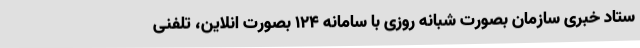
ستاد خبری سازمان بصورت شبانه روزی با سامانه 124 بصورت انلاین، تلفنی